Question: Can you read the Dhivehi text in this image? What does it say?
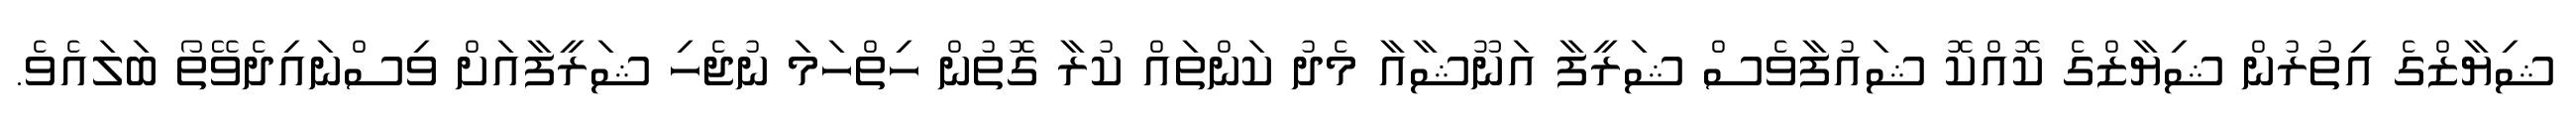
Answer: ޝިޔާޒްގެ އިތުރުން ޝިޔާޒްގެ ކޮއްކޮ ޝައުފާވެސް ޝަރީފާ އަނޫޝާއާ މެދު ކަންތައް ކުރާ ގޮތުން ހިތްހަމަ ނުޖެހި ޝަރީފާއަށް ވިސްނައިދެވޭތޯ ބަލައެވެ.